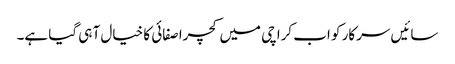
سائیں سرکار کو اب کراچی میں کچرا صفائی کا خیال آ ہی گیا ہے۔